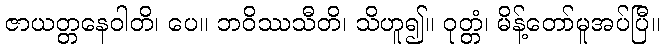
ဇာယတ္တနေဝါတိ၊ ပေ။ ဘဝိဿသီတိ၊ သိဟူ၍။ ဝုတ္တံ၊ မိန့်တော်မူအပ်ပြီ။